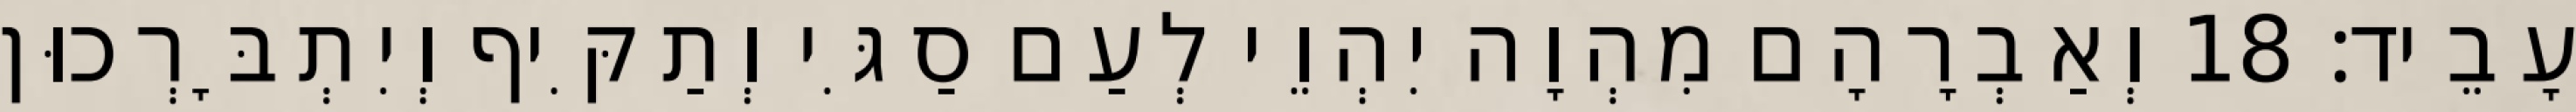
עָבֵיד׃ 18 וְאַבְרָהָם מִהְוָה יִהְוֵי לְעַם סַגִּי וְתַקִּיף וְיִתְבָּרְכוּן